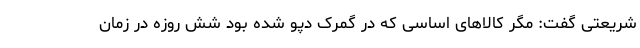
شریعتی گفت: مگر کالاهای اساسی که در گمرک دپو شده بود شش روزه در زمان